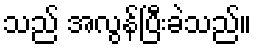
သည် အလွန်ပြီးခဲသည်။